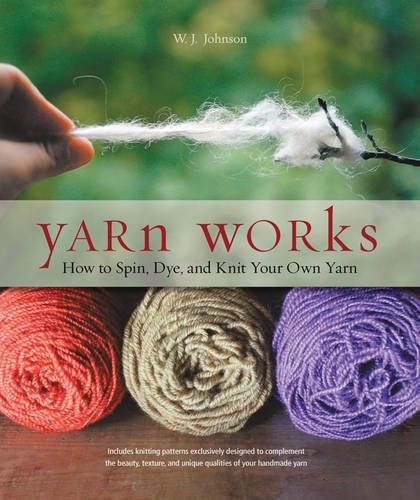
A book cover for Yarn Works: How to Spin, Dye, and Knit Your Own Yarn; W. J. Johnson; Crafts, Hobbies & Home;